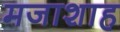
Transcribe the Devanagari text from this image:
मजाशाह